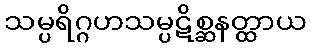
သမ္ပရိဂ္ဂဟသမ္ပဋိစ္ဆနတ္ထာယ